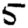
Digit: 5